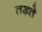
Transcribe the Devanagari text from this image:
तख्‍ते